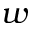
w